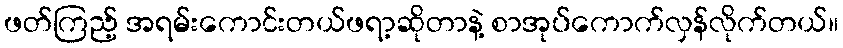
ဖတ်ကြည့် အရမ်းကောင်းတယ်ဖရာ့ဆိုတာနဲ့ စာအုပ်ကောက်လှန်လိုက်တယ်။